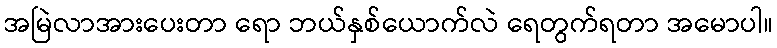
အမြဲလာအားပေးတာ ရော ဘယ်နှစ်ယောက်လဲ ရေတွက်ရတာ အမောပါ။